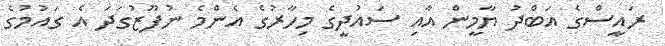
ރައީސްގެ އަބްދު ޔާމީން އާއި ސައުދީގެ މިހާރުގެ އެންމެ ނުފޫޒުގަދަ އެ ގައުމުގެ